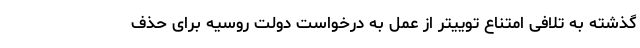
گذشته به تلافی امتناع توییتر از عمل به درخواست دولت روسیه برای حذف